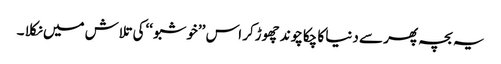
یہ بچہ پھر سے دنیا کا چکاچوند چھوڑکر اس ’’خوشبو ‘‘کی تلاش میں نکلا ۔